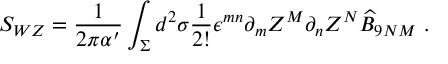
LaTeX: S _ { W Z } = \frac { 1 } { 2 \pi \alpha ^ { \prime } } \int _ { \Sigma } d ^ { 2 } \sigma \frac { 1 } { 2 ! } \epsilon ^ { m n } \partial _ { m } Z ^ { M } \partial _ { n } Z ^ { N } \widehat { B } _ { 9 N M } ~ .